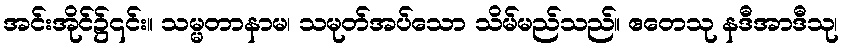
အင်းအိုင်၌၎င်း။ သမ္မတာနာမ၊ သမုတ်အပ်သော သိမ်မည်သည်။ ဧတေသု နဒီအာဒီသု၊